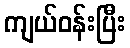
ကျယ်ဝန်းပြီး